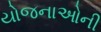
યોજનાઓની